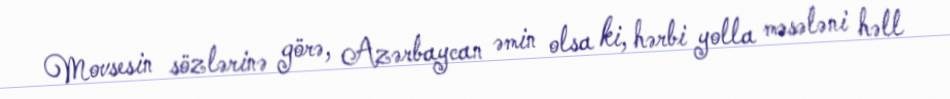
Movsesin sözlərinə görə, Azərbaycan əmin olsa ki, hərbi yolla məsələni həll